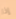
إذا